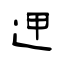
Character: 𨒇